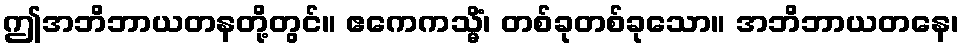
ဤအဘိဘာယတနတို့တွင်။ ဧကေကသ္မိံ၊ တစ်ခုတစ်ခုသော။ အဘိဘာယတနေ၊